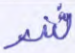
شر